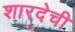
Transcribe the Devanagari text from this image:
शारदेची